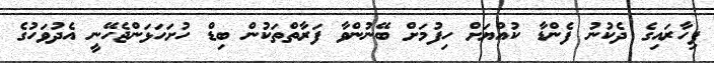
ފިހާރައިގެ ދެކުނު ފެންޑާ ކުއްޔަށް ހިފުމަށް ބޭނުންވާ ފަރާތްތަކުން ބިޑް ހުށަހަޅަންޖެހޭނީ އެދުވަހުގެ